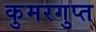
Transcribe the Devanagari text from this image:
कुमरगुप्त